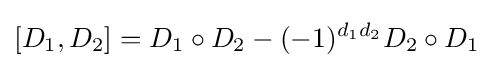
[D_{1},D_{2}]=D_{1}\circ D_{2}-(-1)^{d_{1}d_{2}}D_{2}\circ D_{1}